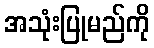
အသုံးပြုမည်ကို